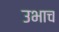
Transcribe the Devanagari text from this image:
उभाच